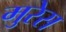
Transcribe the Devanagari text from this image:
मुरेस